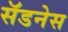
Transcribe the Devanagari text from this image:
सॅडनेस